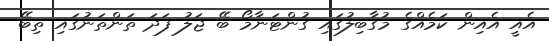
އެއީ އެއިން ކަމެއްގެ މުގާބިލުގައި ގުންޓަނާމޯ ބޭ ޖަލު ފަދަ ތަންތަނުގައި ތިބޭ